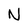
Character: N